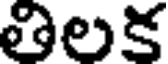
తిలక